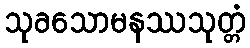
သုခသောမနဿသုတ္တံ